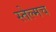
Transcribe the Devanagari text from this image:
स्तेल्मच